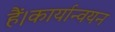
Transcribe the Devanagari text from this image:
हैं।कार्यान्वयन